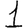
Digit: 1